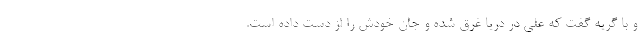
و با گریه گفت که علی در دریا غرق شده و جان خودش را از دست داده است.